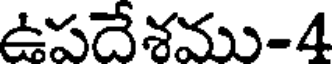
ఉపదేశము-4